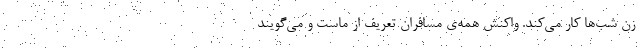
زن شب‌ها کار می‌کند. واکنش همه‌ی مسافران تعریف از ماست و می‌گویند